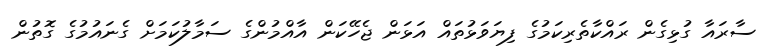
ސާރައާ ގުޅިގެން ރައްކާތެރިކަމުގެ ފިޔަވަޅުތައް އަޅަން ޖެހޭކަން އާއްމުންގެ ސަމާލުކަމަށް ގެނައުމުގެ ގޮތުން